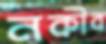
নকীব